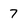
Character: 7